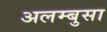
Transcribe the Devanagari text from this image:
अलम्बुसा